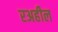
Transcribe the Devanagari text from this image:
रअहील